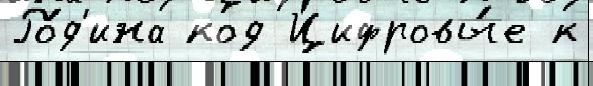
Ро́д'ина код Цифровы́е к